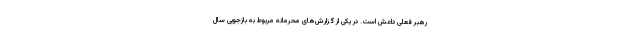
رهبر فعلی داعش است. در یکی از گزارش‌های محرمانه مربوط به بازجویی سال